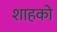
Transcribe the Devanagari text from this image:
शाहको